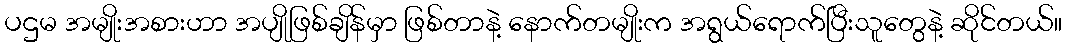
ပဌမ အမျိုးအစားဟာ အပျိုဖြစ်ချိန်မှာ ဖြစ်တာနဲ့ နောက်တမျိုးက အရွယ်ရောက်ပြီးသူတွေနဲ့ ဆိုင်တယ်။